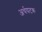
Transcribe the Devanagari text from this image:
अर्थघटक